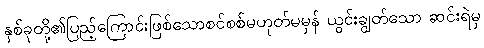
နှစ်ခုတို့၏ပြည့်ကြောင်းဖြစ်သောစင်စစ်မဟုတ်မမှန် ယွင်းချွတ်သော ဆင်းရဲမှ